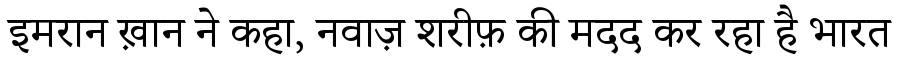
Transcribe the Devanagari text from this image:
इमरान ख़ान ने कहा, नवाज़ शरीफ़ की मदद कर रहा है भारत